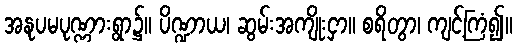
အနုပမပုဏ္ဏားရွာ၌။ ပိဏ္ဍာယ၊ ဆွမ်းအကျိုးငှာ။ စရိတွာ၊ ကျင့်ကြံ၍။